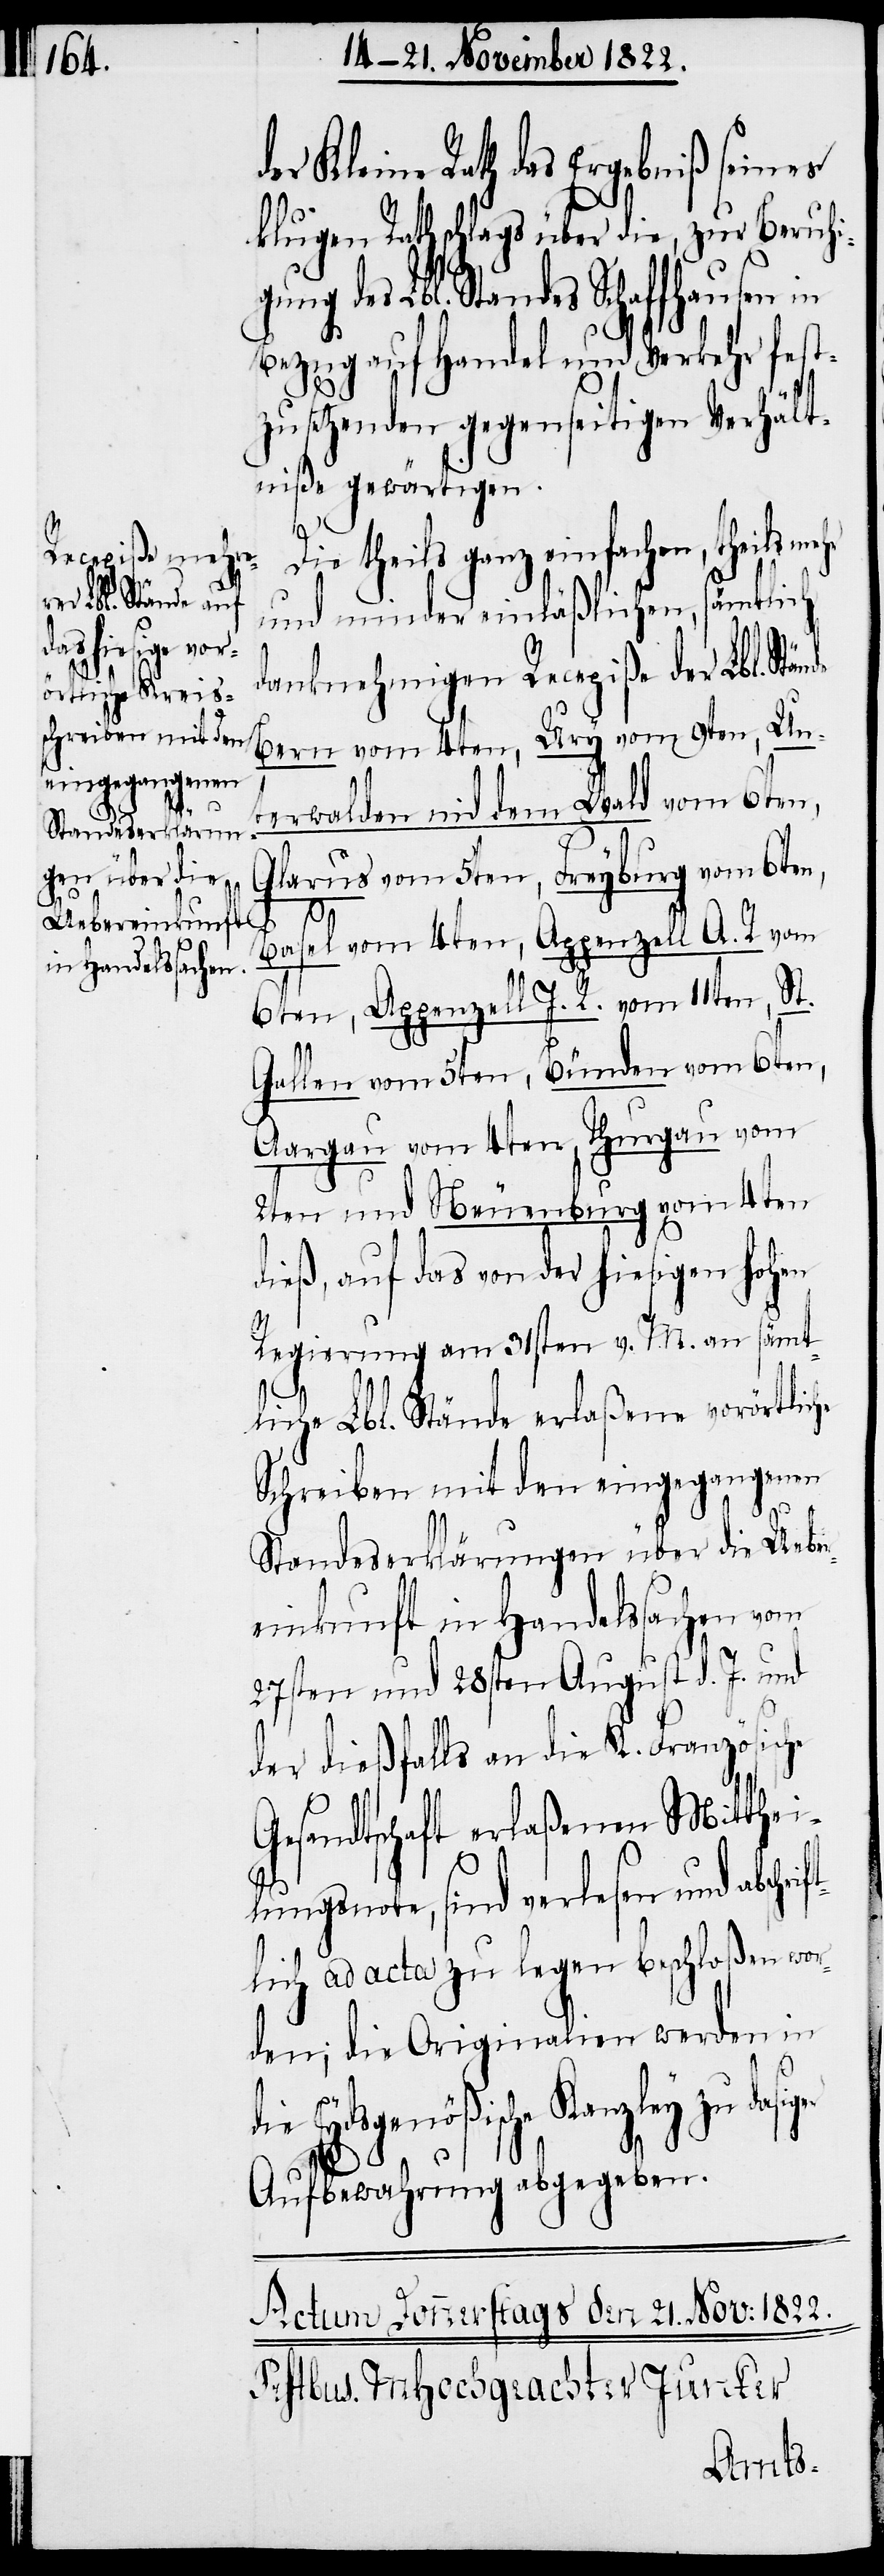
he

der Kleine Rath das Ergebniß seines
klugen Rathschlags über die, zur Beruhi¬
gung des Lbl. Standes Schaffhausen in
Bezug auf Handel und Verkehr fest¬
zusetzenden gegenseitigen Verhält¬
niße gewärtigen.
Die theils ganz einfachen, theils
und minder einläßlichen, sämtlich
danknehmigen Recepiße der Lbl. St¬
Bern vom 4ten, Ury vom 9ten, Un¬
terwalden nid dem Wald vom 6ten,
Glarus vom 5ten, Freyburg vom 6ten,
Basel vom 4ten, Appenzell A. R. vom
6ten, Appenzell I. R. vom 11ten, St.
Gallen vom 5ten, Bünden vom 6ten,
Aargau vom 4ten, Thurgau vom
2ten und Neuenburg vom 4ten
dieß, auf das von der hiesigen hohen
Regierung am 31sten v. M. an sämt¬
liche Lbl. Stände erlaßene vorörtlic¬
Schreiben mit den eingegangenen
rif¬
Standeserklärungen über die Ueber¬
einkunft in Handelssachen vom
27sten und 28sten August d. J. und
der dießfalls an die K. Französisc¬
Gesandtschaft erlaßenen Mitthei¬
lungsnote, sind verlesen und absch¬
tlich ad acta zu legen beschloßen wor¬
den; die Originalien werden in
Eydsgenößische Kanzley zu
Aufbewahrung abgegeben.